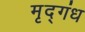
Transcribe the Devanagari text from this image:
मृद्गंध